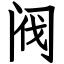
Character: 阀